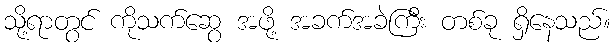
သို့ရာတွင် ကိုသက်ဆွေ အဖို့ အခက်အခဲကြီး တစ်ခု ရှိနေသည်။